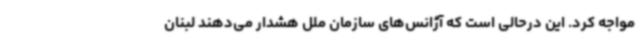
مواجه کرد. این درحالی است که آژانس‌های سازمان ملل هشدار می‌دهند لبنان